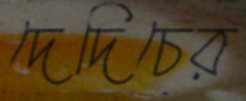
দেদিচের